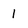
Character: 1